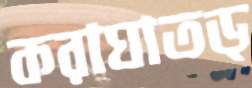
করাঘাতড্